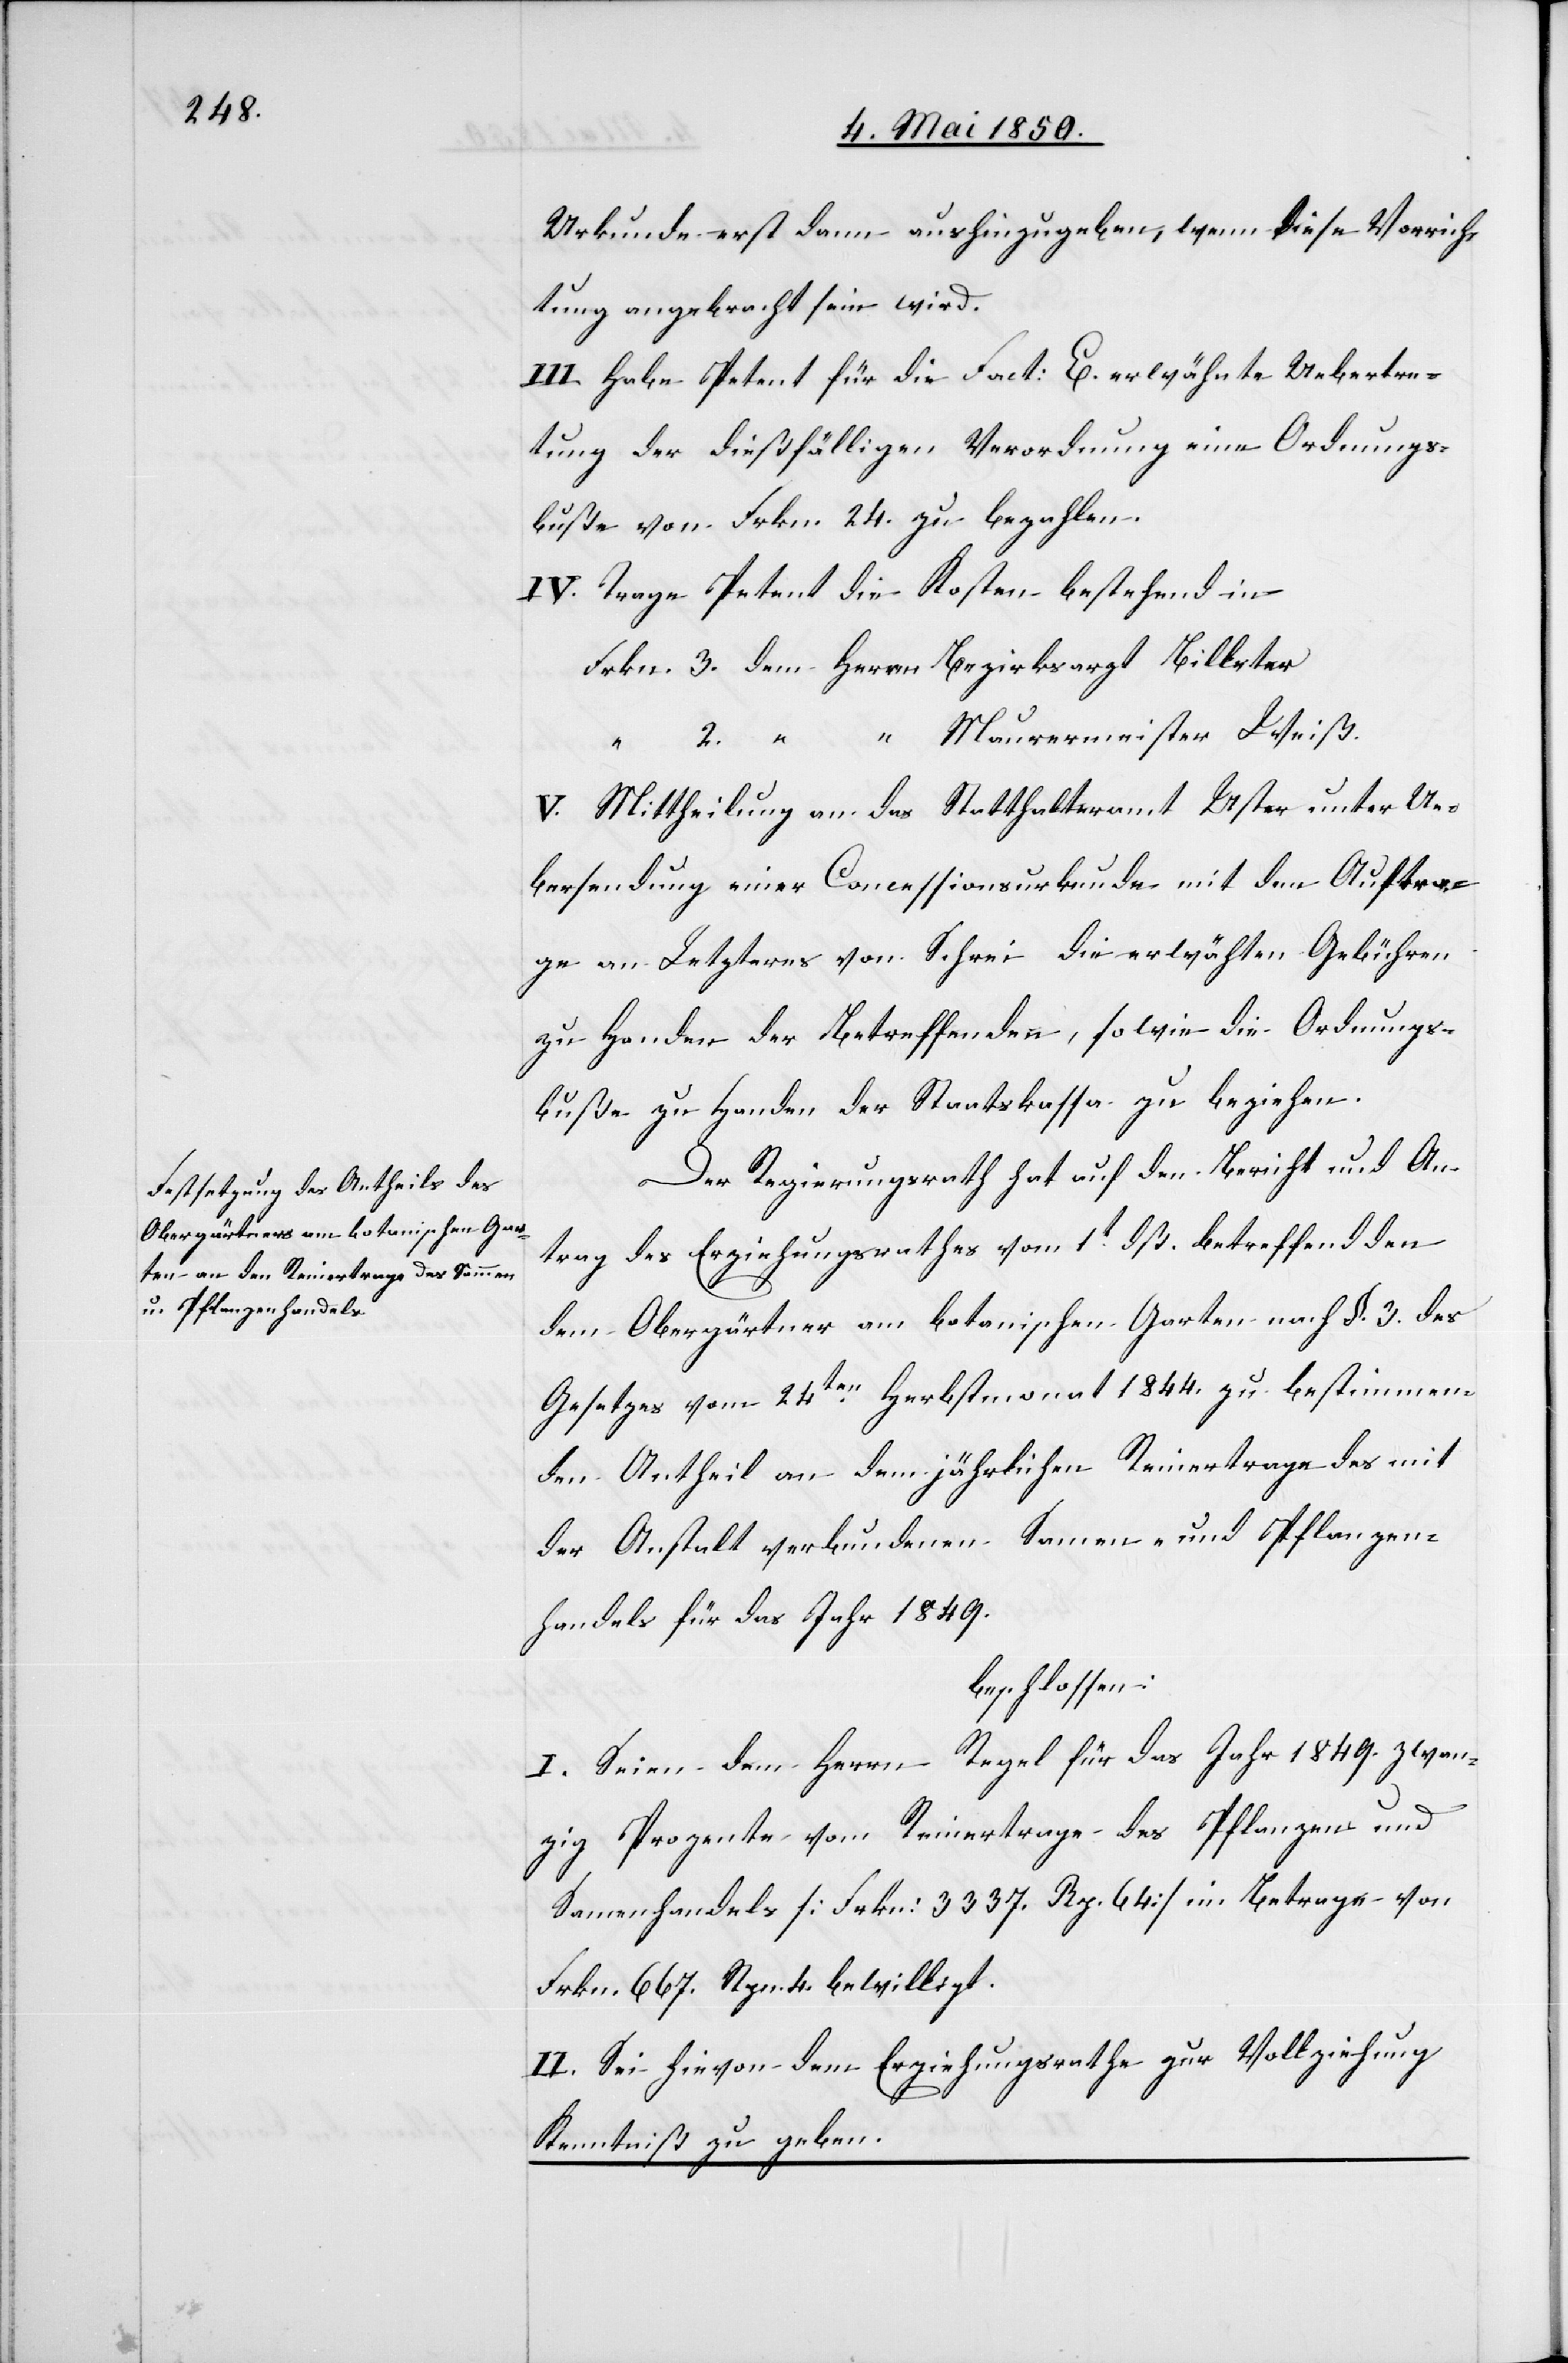
Urkunde erst dann aushinzugeben, wenn diese Vorrich¬
tung angebracht sein wird.
III. Habe Petent für die Fact: E. erwähnte Uebertre¬
tung der dießfälligen Verordnung eine Ordnungs¬
buße von Frkn. 24. zu bezahlen.
IV. Trage Petent die Kosten bestehend in
Frkn. 3. dem Herrn Bezirksarzt Billeter
2. “ “ Maurermeister Weiß.
V. Mittheilung an das Statthalteramt Uster unter Ue¬
bersendung einer Concessionsurkunde mit dem Auftra¬
ge an Letzteres von Schrei die erwäh[n]ten Gebühren
zu Handen der Betreffenden, sowie die Ordnungs¬
buße zu Handen der Staatskassa zu beziehen.
Der Regierungsrath hat auf den Bericht und An¬
trag des Erziehungsrathes vom 1t dß. betreffend den
dem Obergärtner am botanischen Garten nach §. 3. des
Gesetzes vom 24ten Herbstmonat 1844. zu bestimmen¬
den Antheil an dem jährlichen Reinertage des mit
der Anstalt verbundenen Samen- und Pflanzen¬
handels für das Jahr 1849.
beschlossen:
I. Seien dem Herrn Regel für das Jahr 1849. zwan¬
zig Prozente vom Reinertrage des Pflanzen- und
Samenhandels [Frkn. 3337. Rp. 64] im Betrage von
Frkn. 667. Rpn. 4. bewilligt.
II. Sei hievon dem Erziehungsrathe zur Vollziehung
Kenntniß zu geben.